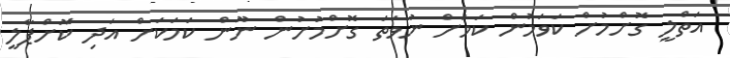
އަތްލީ ގޮށްމުށް ކަވަމުން ކަމަށް ނުވަތަ ގޮށްމުށުން ނޫން ކަމަކަށް އަދި ކޮށްޕާލީ